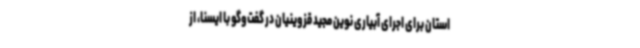
استان برای اجرای آبیاری نوین مجید قزوینیان در گفت‌وگو با ایسنا، از